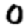
Digit: 0